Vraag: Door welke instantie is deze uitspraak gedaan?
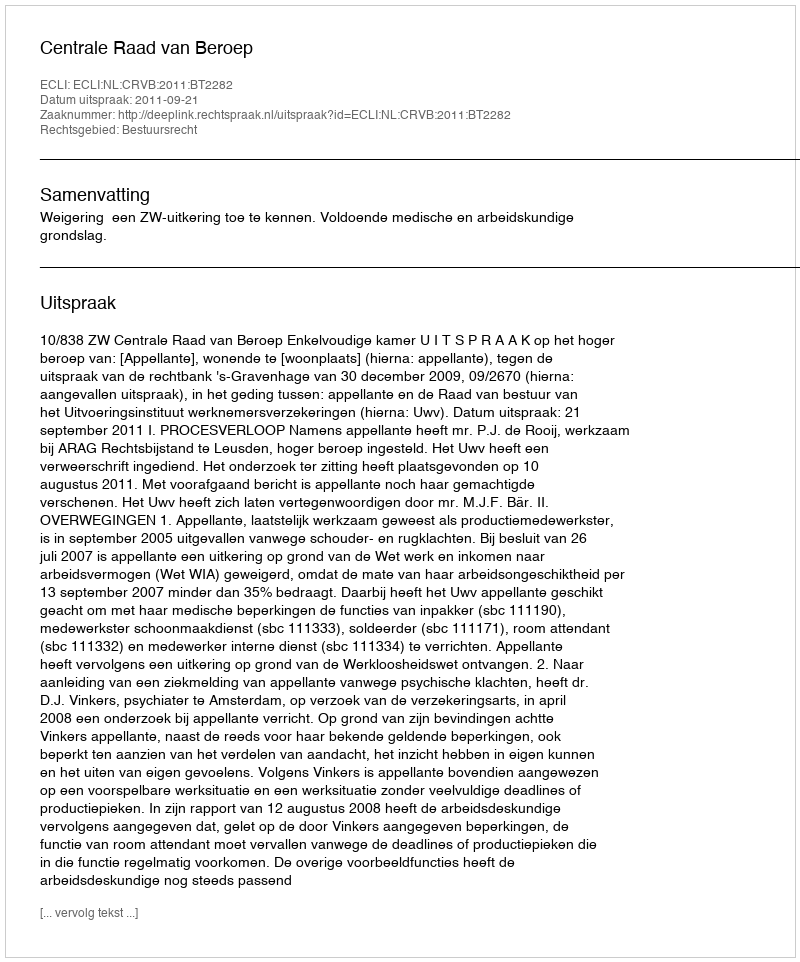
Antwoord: Centrale Raad van Beroep